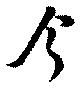
今